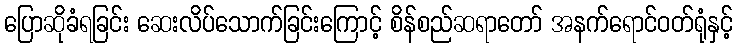
ပြောဆိုခံရခြင်း ဆေးလိပ်သောက်ခြင်းကြောင့် စိန်စည်ဆရာတော် အနက်ရောင်ဝတ်ရုံနှင့်